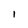
Character: I